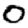
Digit: 0